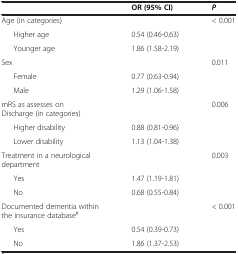
<table><thead><tr><td></td><td><b>OR (95% CI)</b></td><td><b><i>P</i></b></td></tr></thead><tbody><tr><td>Age (in categories)</td><td></td><td>&lt; 0.001</td></tr><tr><td>Higher age</td><td>0.54 (0.46-0.63)</td><td></td></tr><tr><td>Younger age</td><td>1.86 (1.58-2.19)</td><td></td></tr><tr><td>Sex</td><td></td><td>0.011</td></tr><tr><td>Female</td><td>0.77 (0.63-0.94)</td><td></td></tr><tr><td>Male</td><td>1.29 (1.06-1.58)</td><td></td></tr><tr><td>mRS as assesses on Discharge (in categories)</td><td></td><td>0.006</td></tr><tr><td>Higher disability</td><td>0.88 (0.81-0.96)</td><td></td></tr><tr><td>Lower disability</td><td>1.13 (1.04-1.38)</td><td></td></tr><tr><td>Treatment in a neurological department</td><td></td><td>0.003</td></tr><tr><td>Yes</td><td>1.47 (1.19-1.81)</td><td></td></tr><tr><td>No</td><td>0.68 (0.55-0.84)</td><td></td></tr><tr><td>Documented dementia within the insurance database<sup>#</sup></td><td></td><td>&lt; 0.001</td></tr><tr><td>Yes</td><td>0.54 (0.39-0.73)</td><td></td></tr><tr><td>No</td><td>1.86 (1.37-2.53)</td><td></td></tr></tbody></table>